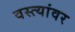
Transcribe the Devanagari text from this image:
वस्त्यांवर